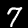
Digit: 7